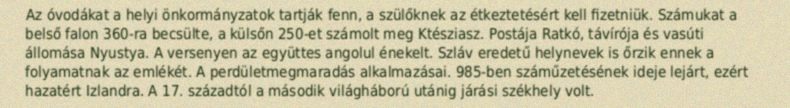
Az óvodákat a helyi önkormányzatok tartják fenn, a szülőknek az étkeztetésért kell fizetniük. Számukat a belső falon 360-ra becsülte, a külsőn 250-et számolt meg Ktésziasz. Postája Ratkó, távírója és vasúti állomása Nyustya. A versenyen az együttes angolul énekelt. Szláv eredetű helynevek is őrzik ennek a folyamatnak az emlékét. A perdületmegmaradás alkalmazásai. 985-ben száműzetésének ideje lejárt, ezért hazatért Izlandra. A 17. századtól a második világháború utánig járási székhely volt.